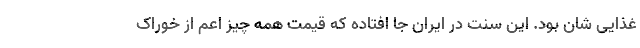
غذایی شان بود. این سنت در ایران جا افتاده که قیمت همه چیز اعم از خوراک